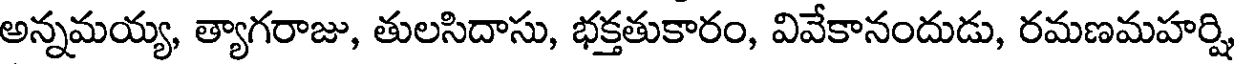
అన్నమయ్య, త్యాగరాజు, తులసిదాసు, భక్తతుకారం, వివేకానందుడు, రమణమహర్షి